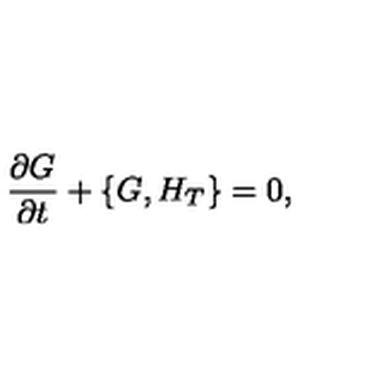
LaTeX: \frac { \partial G } { \partial t } + \{ G , H _ { T } \} = 0 ,